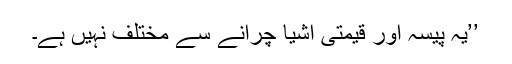
’’یہ پیسہ اور قیمتی اشیا چرانے سے مختلف نہیں ہے۔